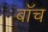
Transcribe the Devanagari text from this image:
बॉच